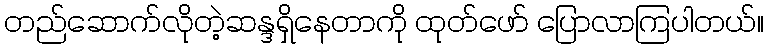
တည်ဆောက်လိုတဲ့ဆန္ဒရှိနေတာကို ထုတ်ဖော် ပြောလာကြပါတယ်။